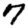
Digit: 7